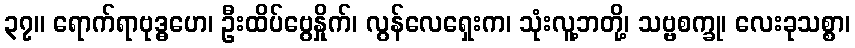
၃၇။ ရောက်ရာဗုဒ္ဓဟေ၊ ဦးထိပ်ဗွေနှိုက်၊ လွန်လေရှေးက၊ သုံးလူ့ဘတို့၊ သဗ္ဗစက္ခု၊ လေးခုသစ္စာ၊